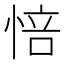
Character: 㥉